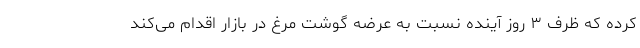
کرده که ظرف ۳ روز آینده نسبت به عرضه گوشت مرغ در بازار اقدام می‌کند